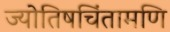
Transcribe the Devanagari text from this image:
ज्योतिषचिंतामणि